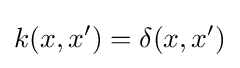
k(x,x')=\delta (x,x')